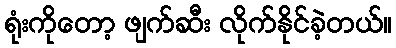
ရုံးကိုတော့ ဖျက်ဆီး လိုက်နိုင်ခဲ့တယ်။